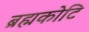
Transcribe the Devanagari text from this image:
ब्रह्मकोटि